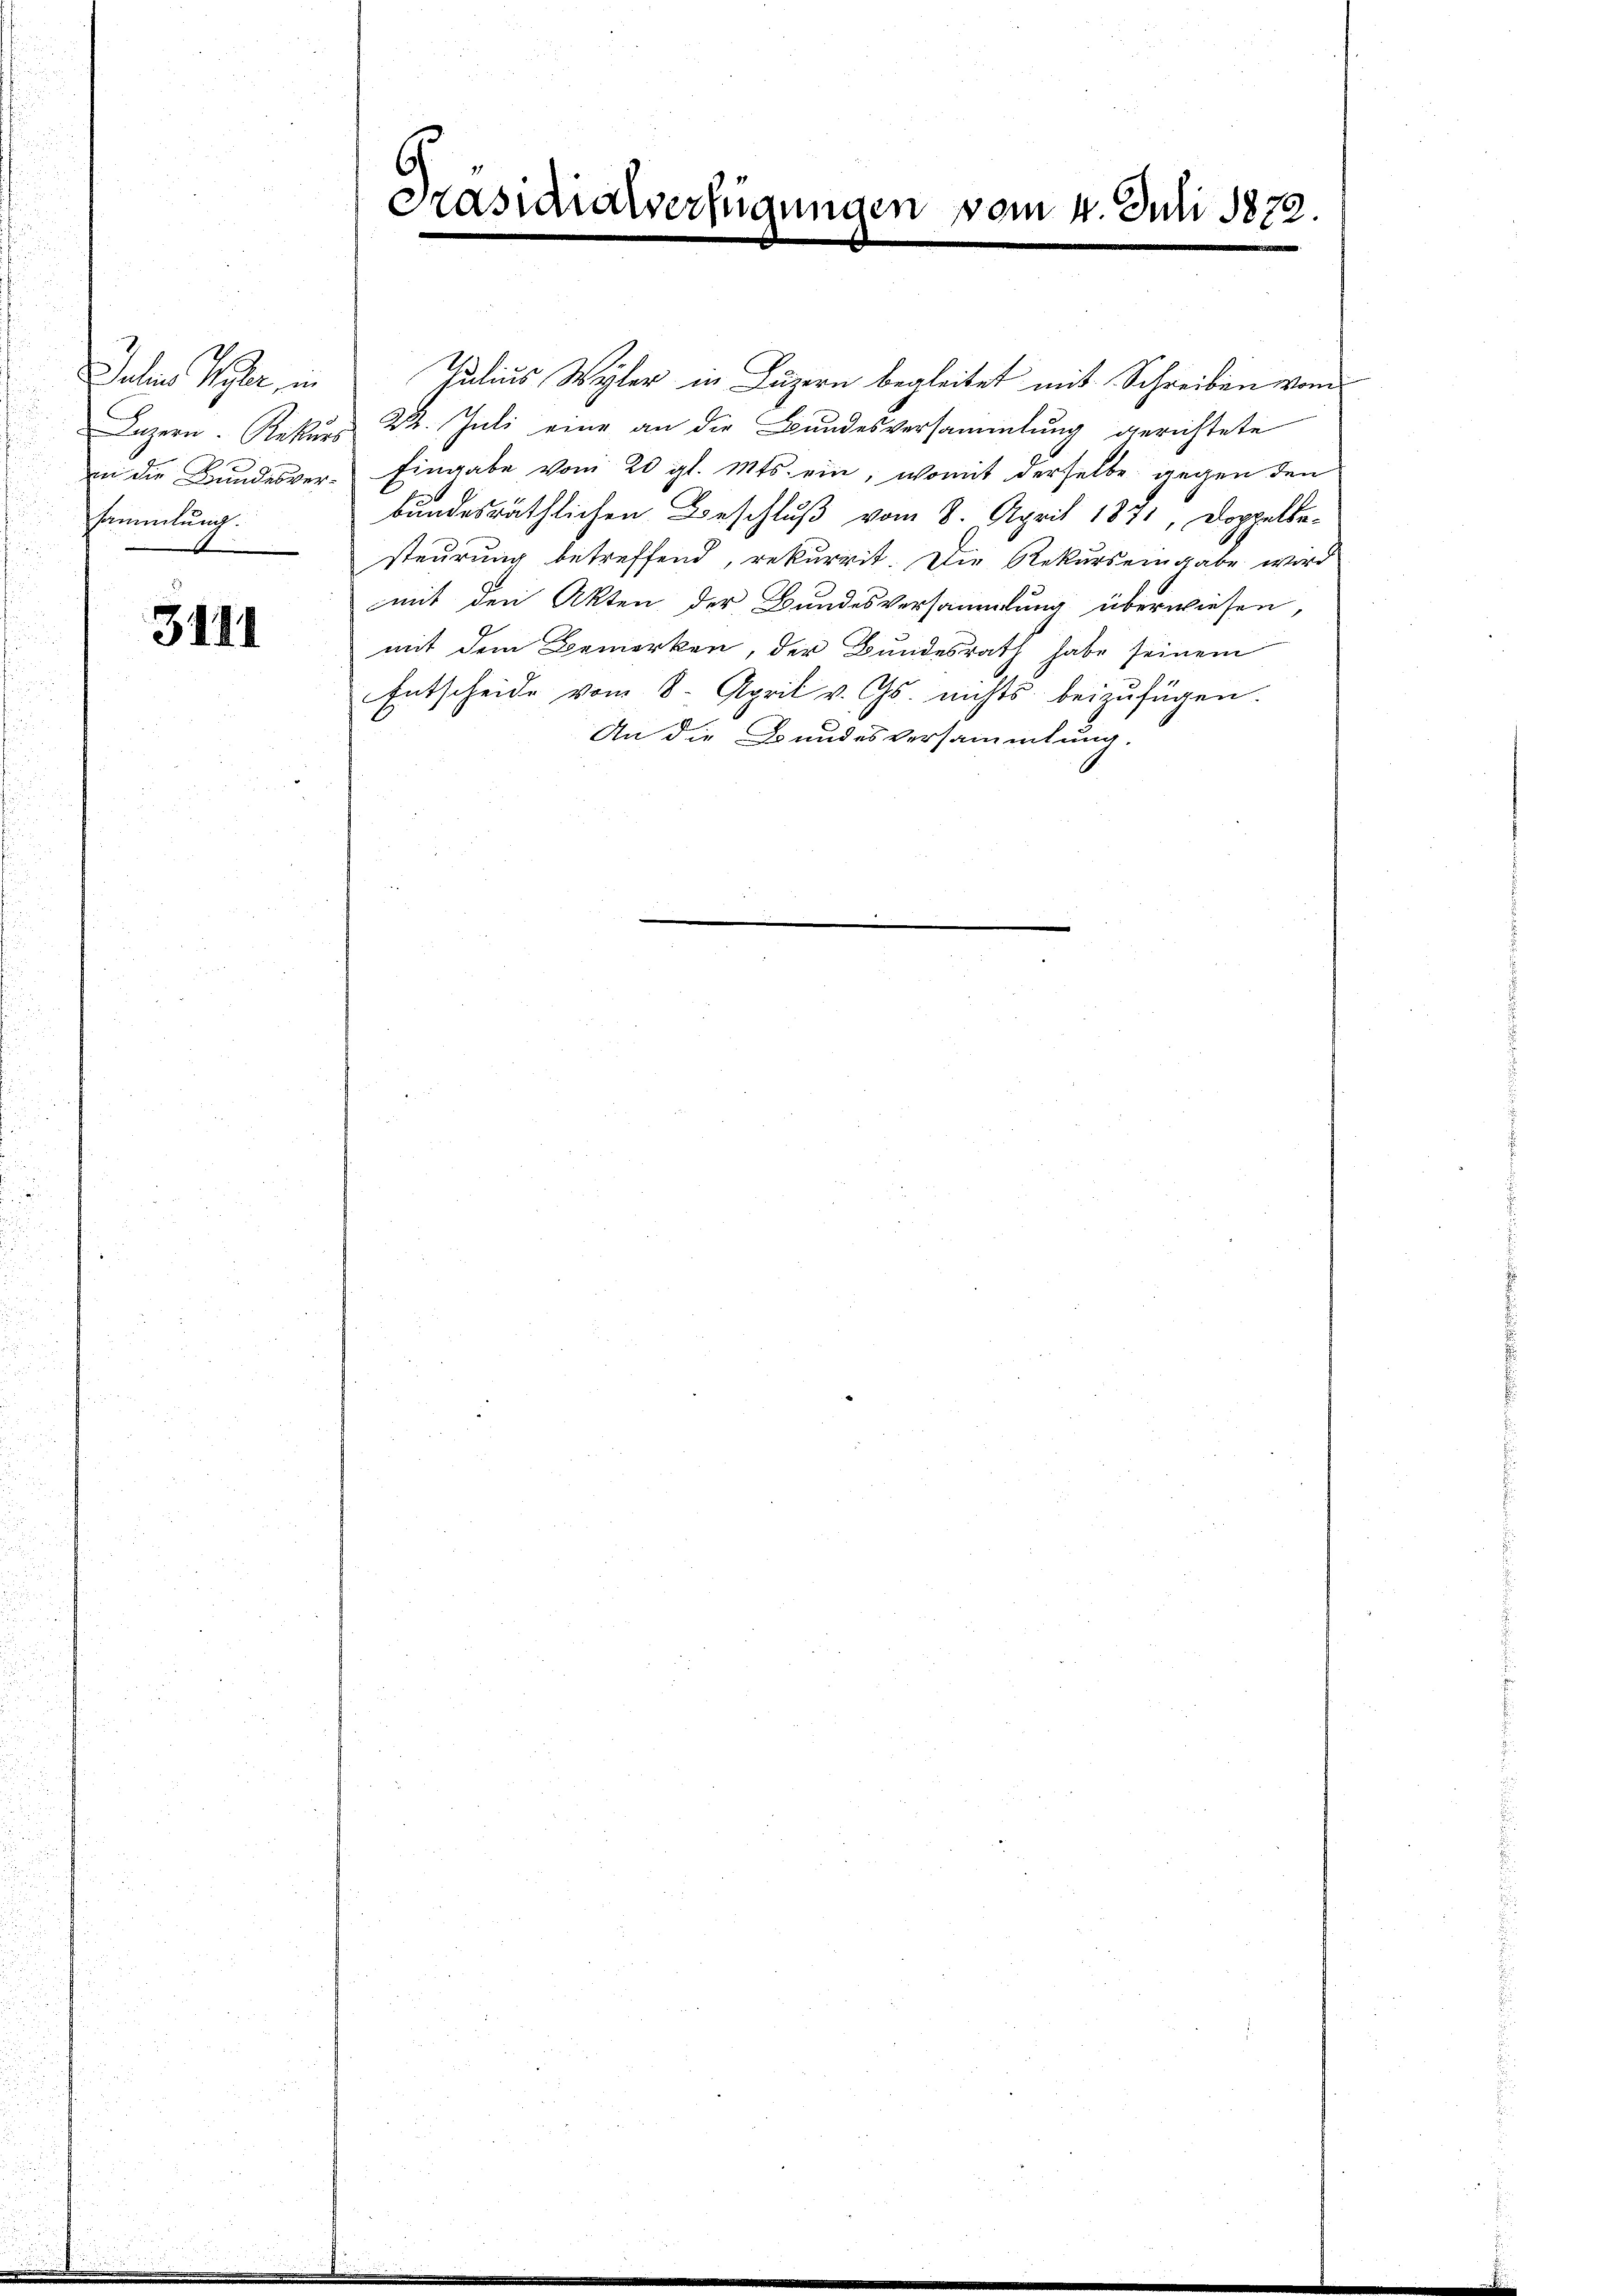
Julen Peter, in
sammlung.

3411

Präsidialverfügungen vom 4. Juli 1872.

Julius Wyler in Luzern begleitet mit Schreiben vom
Luzern. Rekurs 24. Juli eine an die Bundesversammlung gerichtete
in die Bundesver- Eingabe vom 20 gl. Mts. ein, womit derselbe gegen den
bundesräthlichen Beschluß vom 8. April 1871, Doppelba-
steurung betreffend, rekurrit. Die Rekurs eingabe wird
mit den Akten der Bundesversammlung überwiesen,
mit dem Bemerken, der Bundesrath habe seinem
Entscheide vom 8. April v. Gs. nichts beizufügen.
An die Bundesversammlung.